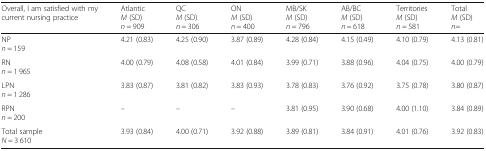
| Overall, I am satisfied with my current nursing practice | AtlanticM (SD)n = 909 | QCM (SD)n = 306 | ONM (SD)n = 400 | MB/SKM (SD)n = 796 | AB/BCM (SD)n = 618 | TerritoriesM (SD)n = 581 | TotalM (SD)n= |
 | --- | --- | --- | --- | --- | --- | --- | --- |
 | NPn = 159 | 4.21 (0.83) | 4.25 (0.90) | 3.87 (0.89) | 4.28 (0.84) | 4.15 (0.49) | 4.10 (0.79) | 4.13 (0.81) |
 | RNn = 1 965 | 4.00 (0.79) | 4.08 (0.58) | 4.01 (0.84) | 3.99 (0.71) | 3.88 (0.96) | 4.04 (0.75) | 4.00 (0.79) |
 | LPNn = 1 286 | 3.83 (0.87) | 3.81 (0.82) | 3.83 (0.93) | 3.78 (0.83) | 3.76 (0.92) | 3.75 (0.78) | 3.80 (0.87) |
 | RPNn = 200 | – | – | – | 3.81 (0.95) | 3.90 (0.68) | 4.00 (1.10) | 3.84 (0.89) |
 | Total sampleN = 3 610 | 3.93 (0.84) | 4.00 (0.71) | 3.92 (0.88) | 3.89 (0.81) | 3.84 (0.91) | 4.01 (0.76) | 3.92 (0.83) |